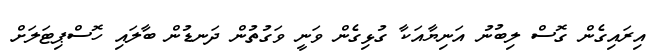
އިރައިގެން ގޮސް ލިބުނު އަނިޔާއަކާ ގުޅިގެން ވަނީ ވަގުތުން ދަނޑުން ބާލައި ހޮސްޕިޓަލަށް